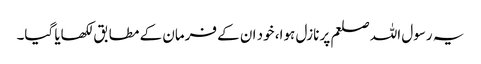
یہ رسول اللہ صلعم پر نازل ہوا، خود ان کے فرمان کے مطابق‌ لکھایا گیا۔